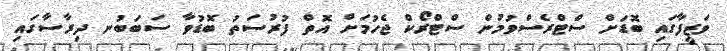
ވަޒީފާގައި ބޮޑަށް ސްޓްރެސްވުމުން ސްޓްރޯކް ޖެހުމަށް އޮތް ފުރުސަތު ބޮޑުވާ ސަބަބުނ ދިރާސާގައި